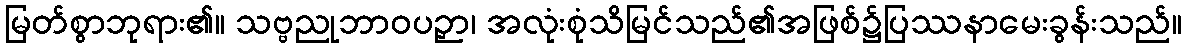
မြတ်စွာဘုရား၏။ သဗ္ဗညုဘာဝပဉှာ၊ အလုံးစုံသိမြင်သည်၏အဖြစ်၌ပြဿနာမေးခွန်းသည်။